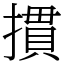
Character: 摜